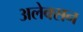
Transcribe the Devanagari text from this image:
अलेक्सन